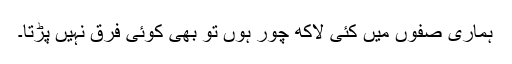
ہماری صفوں میں کئی لاکھ چور ہوں تو بھی کوئی فرق نہیں پڑتا۔